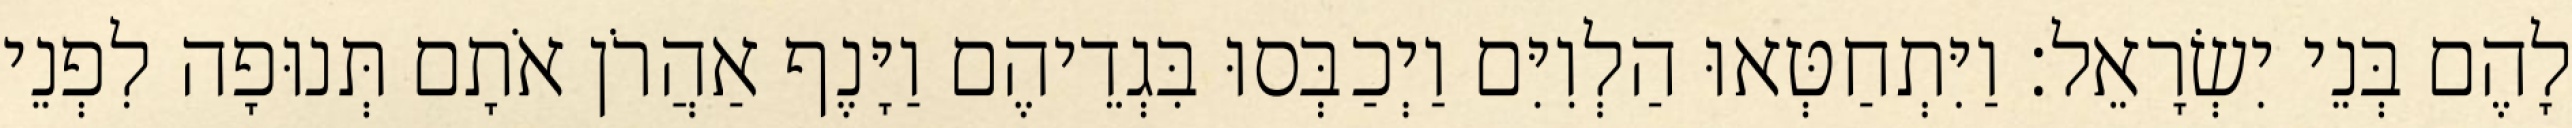
לָהֶם בְּנֵי יִשְׂרָאֵל׃ וַיִּתְחַטְּאוּ הַלְוִיִּם וַיְכַבְּסוּ בִּגְדֵיהֶם וַיָּנֶף אַהֲרֹן אֹתָם תְּנוּפָה לִפְנֵי